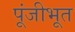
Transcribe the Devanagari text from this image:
पूंजीभूत